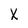
Character: X